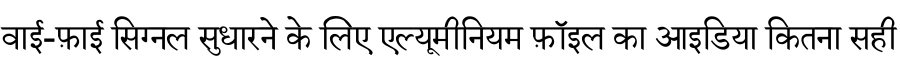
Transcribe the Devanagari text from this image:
वाई-फ़ाई सिग्नल सुधारने के लिए एल्यूमीनियम फ़ॉइल का आइडिया कितना सही